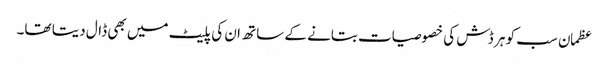
عظمان سب کو ہر ڈش کی خصوصیات بتانے کے ساتھ ان کی پلیٹ میں بھی ڈال دیتا تھا۔